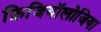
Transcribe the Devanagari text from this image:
फ़िजियॉलोजिया